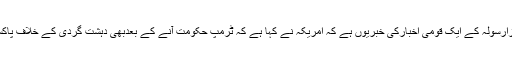
بیس نومبرسال دوہزارسولہ کے ایک قومی اخبارکی خبریوں ہے کہ امریکہ نے کہا ہے کہ ٹرمپ حکومت آنے کے بعدبھی دہشت گردی کے خلاف پاکستان متاثرنہیںہوگا۔